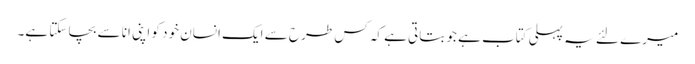
میرے لئے یہ پہلی کتاب ہے جو بتاتی ہے کہ کس طرح سے ایک انسان خود کو اپنی انا سے بچا سکتا ہے۔